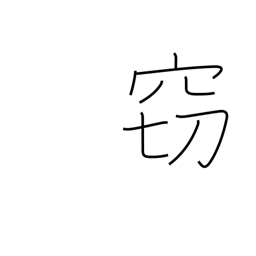
Meaning: hushed